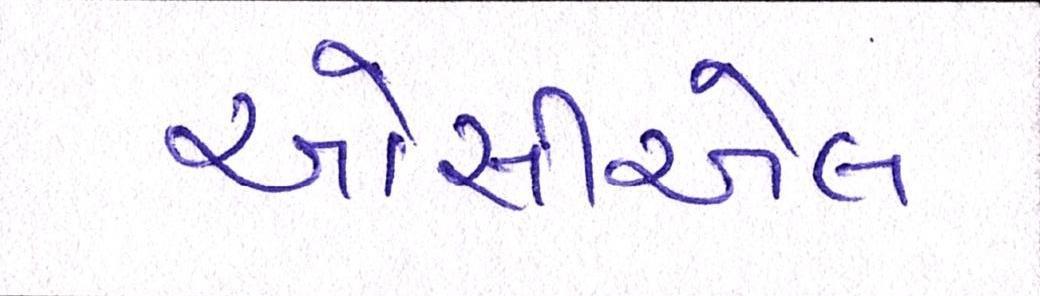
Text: ઓસીએલ